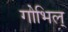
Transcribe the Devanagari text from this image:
गोभिल्